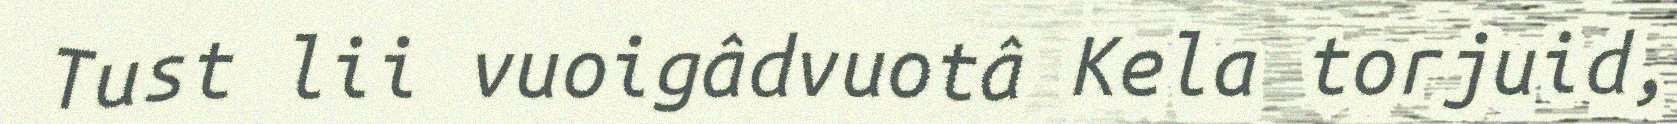
Tust lii vuoigâdvuotâ Kela torjuid,